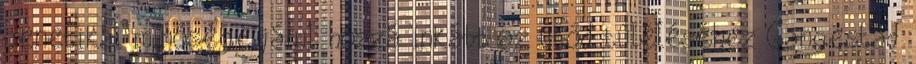
genetikai minősége járul hozzá inkább az utód túléléséhez Gangestad